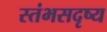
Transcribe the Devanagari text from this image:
स्तंभसदृष्य